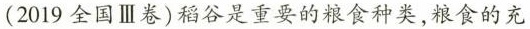
（2019全国Ⅲ卷）稻谷是重要的粮食种类，粮食的充